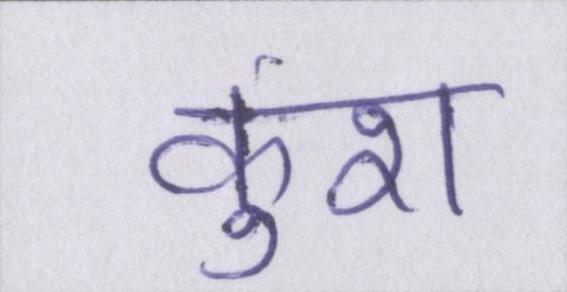
कुश